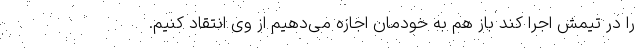
را در تیمش اجرا کند باز هم به خودمان اجازه می‌دهیم از وی انتقاد کنیم.